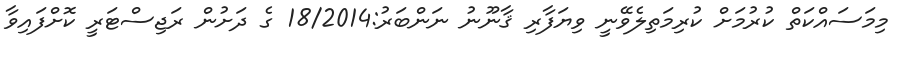
މިމަސައްކަތް ކުރުމަށް ކުރިމަތިލެވޭނީ ވިޔަފާރި ޤާނޫނު ނަންބަރު:18/2014 ގެ ދަށުން ރަޖިސްޓަރީ ކޮށްފައިވާ